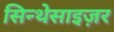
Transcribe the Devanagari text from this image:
सिन्थेसाइज़र